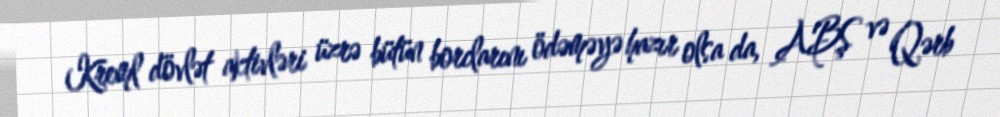
Kreml dövlət aktivləri üzrə bütün borclarını ödəməyə hazır olsa da, ABŞ və Qərb